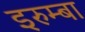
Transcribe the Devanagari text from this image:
इरुम्बा